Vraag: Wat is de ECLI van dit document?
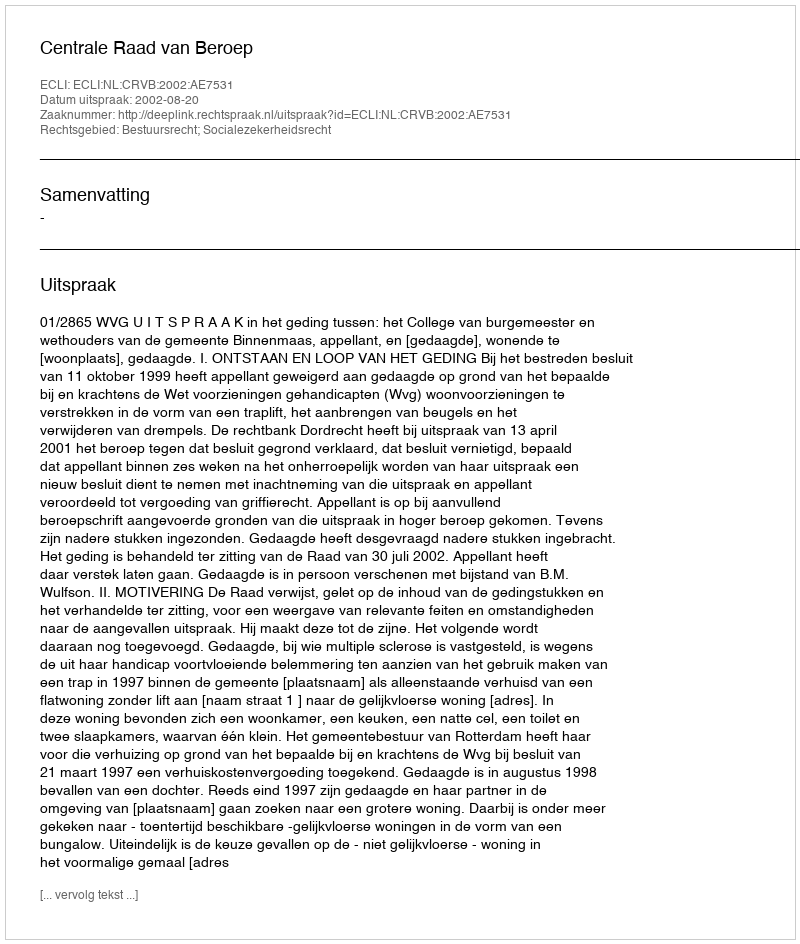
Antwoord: ECLI:NL:CRVB:2002:AE7531